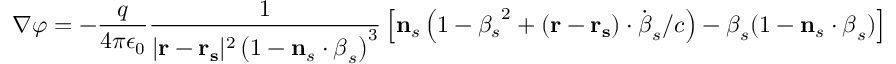
{ \boldsymbol { \nabla } } \varphi = - { \frac { q } { 4 \pi \epsilon _ { 0 } } } { \frac { 1 } { | \mathbf { r } - \mathbf { r _ { s } } | ^ { 2 } \left( 1 - \mathbf { n } _ { s } \cdot { \boldsymbol { \beta } } _ { s } \right) ^ { 3 } } } \left[ \mathbf { n } _ { s } \left( 1 - { \beta _ { s } } ^ { 2 } + ( \mathbf { r } - \mathbf { r _ { s } } ) \cdot { \dot { \boldsymbol { \beta } } } _ { s } / c \right) - { \boldsymbol { \beta } } _ { s } ( 1 - \mathbf { n } _ { s } \cdot { \boldsymbol { \beta } } _ { s } ) \right]